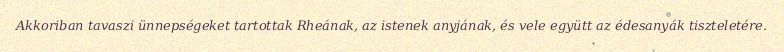
Akkoriban tavaszi ünnepségeket tartottak Rheának, az istenek anyjának, és vele együtt az édesanyák tiszteletére.